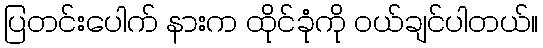
ပြတင်းပေါက် နားက ထိုင်ခုံကို ဝယ်ချင်ပါတယ်။